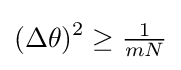
(\Delta \theta )^{2}\geq {\tfrac {1}{mN}}